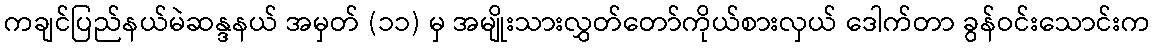
ကချင်ပြည်နယ်မဲဆန္ဒနယ် အမှတ် (၁၁) မှ အမျိုးသားလွှတ်တော်ကိုယ်စားလှယ် ဒေါက်တာ ခွန်ဝင်းသောင်းက